Report on vaccination North-West Frontier Province 1904-1922 - 1904-1922
Year: 1904
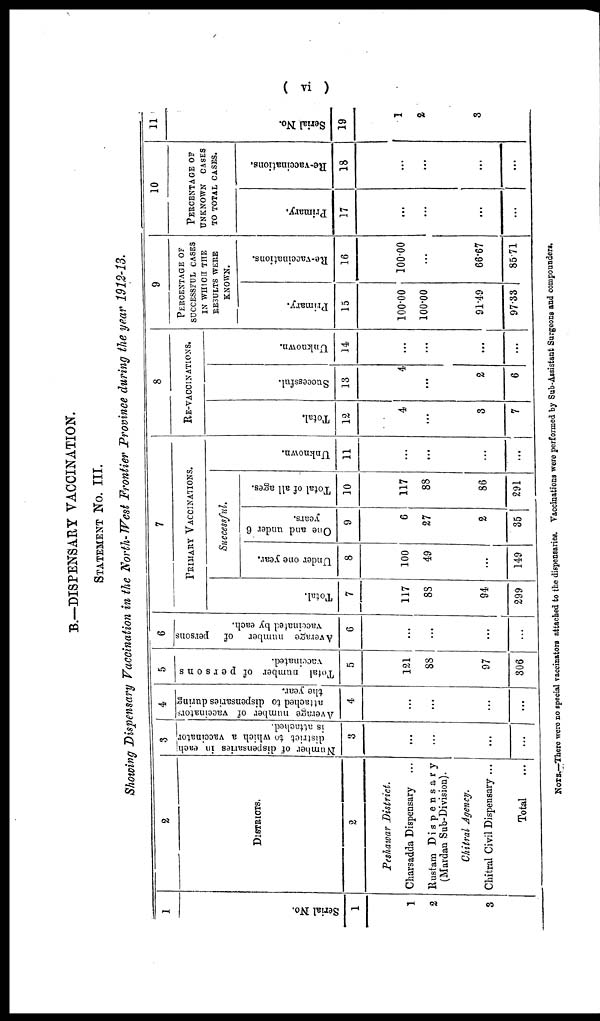
( vi )
B.—DISPENSARY VACCINATION.
STATEMENT No. III.
Showing Dispensary Vaccination in the North- West Frontier Province during the year 1912-13.
1
Serial No.
1
1
2
3
2
DISTRICTS.
2
Peshawar District.
Charsadda Dispensary ...
Rustam Dispensary
(Mardan Sub-Division).
Chitral Agency.
Chitral Civil Dispensary ...
Total ...
3
Number of dispensaries in each
district to which a vaccinator
is attached.
3
...
...
...
...
4
Average number of vaccinators
attached to dispensaries during
the year.
4
...
...
...
...
5
Total number of persons
vaccinated.
5
121
88
97
306
6
Average number of persons
vaccinated by each.
6
...
...
...
...
7
PRIMARY VACCINATIONS.
Total.
7
117
88
94
299
Successful.
Under one year.
8
100
49
...
149
One and under 6
years.
9
6
27
2
35
Total of all ages.
10
117
88
86
291
Unknown.
11
...
...
...
...
8
RE-VACCINATIONS.
Total.
12
4
...
3
7
Successful.
13
4
...
2
6
Unknown.
14
...
...
...
...
9
PERCENTAGE OF
SUCCESSFUL CASES
IN WHICH THE
RESULTS WERE
KNOWN.
Primary.
15
100.00
100.00
91.49
97.33
Re-vaccinations.
16
100.00
...
66.67
85.71
10
PERCENTAGE OF
UNKNOWN CASES
TO TOTAL CASES.
Primary.
17
...
...
...
...
Re-vaccinations.
18
...
...
...
...
11
Serial No.
19
1
2
3
NOTE.—There were no special vaccinators attached to the dispensaries. Vaccinations were performed by Sub-Assistant Surgeons and compounders.